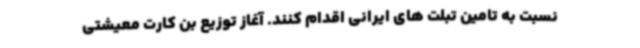
نسبت به تامین تبلت های ایرانی اقدام کنند. آغاز توزیع بن کارت معیشتی